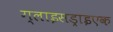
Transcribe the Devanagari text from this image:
ग्लाइसड्राइएक